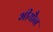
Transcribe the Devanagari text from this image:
भीयौन